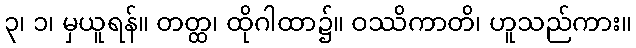
၃၊ ၁၊ မှယူရန်။ တတ္ထ၊ ထိုဂါထာ၌။ ဝဿိကာတိ၊ ဟူသည်ကား။